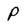
Character: P